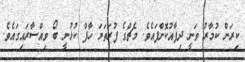
ކިރަން ކުމާރު ވަނީ ދިފާއުކޮށްފައެވެ. މެޗްގެ ފުރަތަމަ ހާފް ކުޅުނީ ބޯ ވިއްސާރައިގައެވެ.